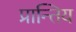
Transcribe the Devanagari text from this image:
प्रान्तिय